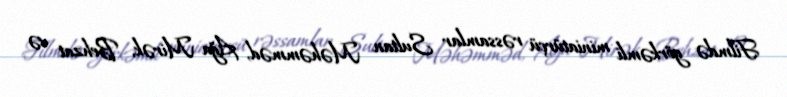
Filmdə görkəmli miniatürçü rəssamlar Sultan Məhəmməd, Ağa Mirək, Behzat və